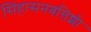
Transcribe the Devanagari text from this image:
सिंहासनबत्तिशी